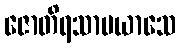
ဇောတိရသာမယာသေ